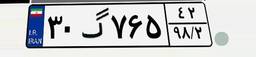
۳۰گ۷۶۵۴۲